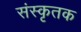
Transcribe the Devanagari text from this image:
संस्कृतक